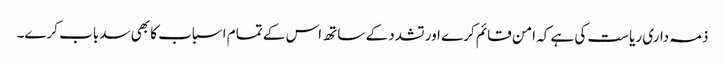
ذمہ داری ریاست کی ہے کہ امن قائم کرے اور تشدد کے ساتھ اس کے تمام اسباب کا بھی سدباب کرے۔